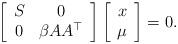
LaTeX: \begin{align*}\left[\begin{array}{cc}S & 0 \\0 & \beta AA^\top \\\end{array}\right] \left[\begin{array}{c}x \\\mu\end{array}\right] =0.\end{align*}